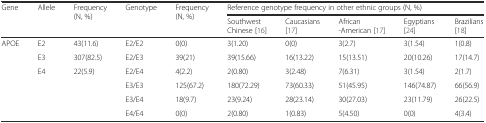
<table><thead><tr><td rowspan="2"><b>Gene</b></td><td rowspan="2"><b>Allele</b></td><td rowspan="2"><b>Frequency (N, %)</b></td><td rowspan="2"><b>Genotype</b></td><td rowspan="2"><b>Frequency (N, %)</b></td><td colspan="5"><b>Reference genotype frequency in other ethnic groups (N, %)</b></td></tr><tr><td><b>SouthwestChinese [16]</b></td><td><b>Caucasians[17]</b></td><td><b>African-American [17]</b></td><td><b>Egyptians[24]</b></td><td><b>Brazilians[18]</b></td></tr></thead><tbody><tr><td>APOE</td><td>E2</td><td>43(11.6)</td><td>E2/E2</td><td>0(0)</td><td>3(1.20)</td><td>0(0)</td><td>3(2.7)</td><td>3(1.54)</td><td>1(0.8)</td></tr><tr><td></td><td>E3</td><td>307(82.5)</td><td>E2/E3</td><td>39(21)</td><td>39(15.66)</td><td>16(13.22)</td><td>15(13.51)</td><td>20(10.26)</td><td>17(14.7)</td></tr><tr><td></td><td>E4</td><td>22(5.9)</td><td>E2/E4</td><td>4(2.2)</td><td>2(0.80)</td><td>3(2.48)</td><td>7(6.31)</td><td>3(1.54)</td><td>2(1.7)</td></tr><tr><td></td><td></td><td></td><td>E3/E3</td><td>125(67.2)</td><td>180(72.29)</td><td>73(60.33)</td><td>51(45.95)</td><td>146(74.87)</td><td>66(56.9)</td></tr><tr><td></td><td></td><td></td><td>E3/E4</td><td>18(9.7)</td><td>23(9.24)</td><td>28(23.14)</td><td>30(27.03)</td><td>23(11.79)</td><td>26(22.5)</td></tr><tr><td></td><td></td><td></td><td>E4/E4</td><td>0(0)</td><td>2(0.80)</td><td>1(0.83)</td><td>5(4.50)</td><td>0(0)</td><td>4(3.4)</td></tr></tbody></table>